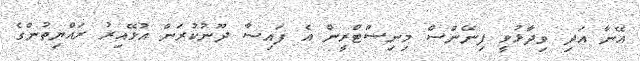
އޭނާ އަދި ވިދާޅުވީ ފިނޭންސް މިނިސްޓްރީން އެ ފައިސާ ދޫނުކުރަން އުޅޭއިރު ރައްޔިތުންގެ